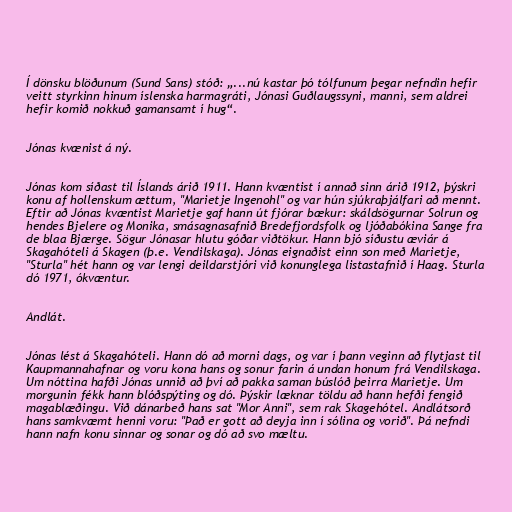
Í dönsku blöðunum (Sund Sans) stóð: „...nú kastar þó tólfunum þegar nefndin hefir
veitt styrkinn hinum íslenska harmagráti, Jónasi Guðlaugssyni, manni, sem aldrei
hefir komið nokkuð gamansamt í hug“.

Jónas kvænist á ný.

Jónas kom síðast til Íslands árið 1911. Hann kvæntist í annað sinn árið 1912, þýskri
konu af hollenskum ættum, "Marietje Ingenohl" og var hún sjúkraþjálfari að mennt.
Eftir að Jónas kvæntist Marietje gaf hann út fjórar bækur: skáldsögurnar Solrun og
hendes Bjelere og Monika, smásagnasafnið Bredefjordsfolk og ljóðabókina Sange fra
de blaa Bjærge. Sögur Jónasar hlutu góðar viðtökur. Hann bjó síðustu æviár á
Skagahóteli á Skagen (þ.e. Vendilskaga). Jónas eignaðist einn son með Marietje,
"Sturla" hét hann og var lengi deildarstjóri við konunglega listastafnið í Haag. Sturla
dó 1971, ókvæntur.

Andlát.

Jónas lést á Skagahóteli. Hann dó að morni dags, og var í þann veginn að flytjast til
Kaupmannahafnar og voru kona hans og sonur farin á undan honum frá Vendilskaga.
Um nóttina hafði Jónas unnið að því að pakka saman búslóð þeirra Marietje. Um
morgunin fékk hann blóðspýting og dó. Þýskir læknar töldu að hann hefði fengið
magablæðingu. Við dánarbeð hans sat "Mor Anni", sem rak Skagehótel. Andlátsorð
hans samkvæmt henni voru: "Það er gott að deyja inn í sólina og vorið". Þá nefndi
hann nafn konu sinnar og sonar og dó að svo mæltu.